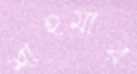
শাহমার